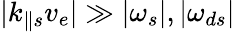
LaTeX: \lvert k_{\parallel s}v_{e}\rvert\gg\lvert\omega_{s}\rvert,\lvert\omega_{ds}\rvert